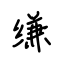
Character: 缣